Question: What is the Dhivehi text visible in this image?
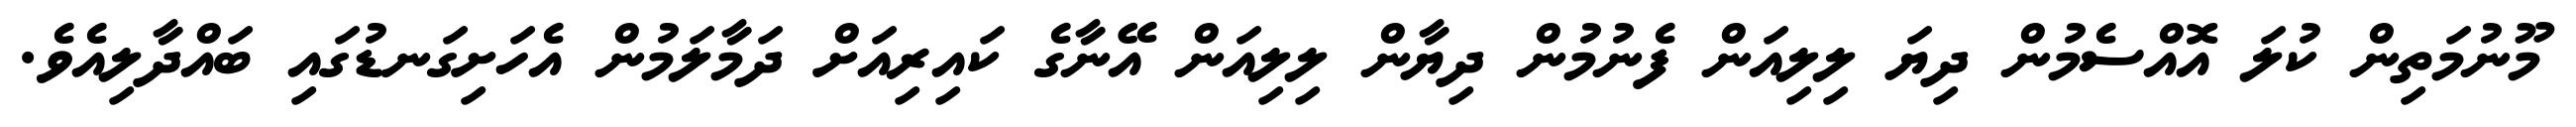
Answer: މޫނުމަތިން ކުލަ އޮއްސެމުން ދިޔަ ލިލިއަން ފެނުމުން ދިޔާން ލިލިއަން އޭނާގެ ކައިރިއަށް ދަމާލަމުން އެހަށިގަނޑުގައި ބައްދާލިއެވެ.